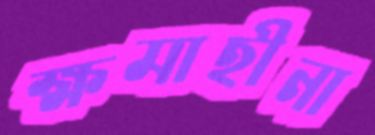
ক্ষমাহীনা